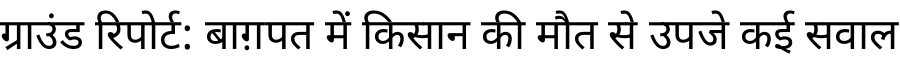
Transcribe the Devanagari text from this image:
ग्राउंड रिपोर्ट: बाग़पत में किसान की मौत से उपजे कई सवाल